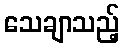
သေချာသည့်